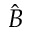
\hat { B }